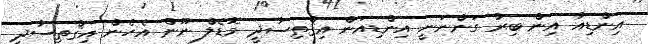
އިންޑިއާ އިން ބިރު ގަންނަނީ އިންޑިއަން އިޤްތިސާދީ މޮޑެލް ނޫން އެހެން އިޤްތިސާދީ